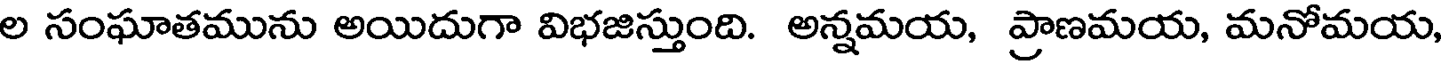
ల సంఘాతమును అయిదుగా విభజిస్తుంది. అన్నమయ, ప్రాణమయ, మనోమయ,